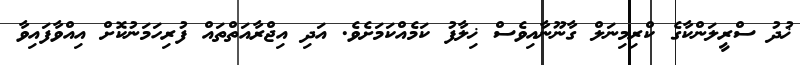
ޚުދު ސްރީލަންކާގެ ކްރިމިނަލް ގާނޫނާއިވެސް ޚިލާފު ކަމެއްކަމަށެވެ. އަދި އިޖްރާއަތްތައް ފުރިހަމަނުކޮށް އިއްވާފައިވާ